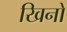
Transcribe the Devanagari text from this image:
खिनो